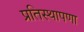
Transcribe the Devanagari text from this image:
प्रतिस्थापणा